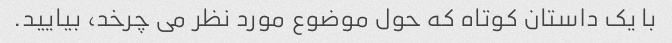
با یک داستان کوتاه که حول موضوع مورد نظر می چرخد، بیایید.